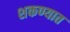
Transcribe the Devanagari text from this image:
शकण्यात